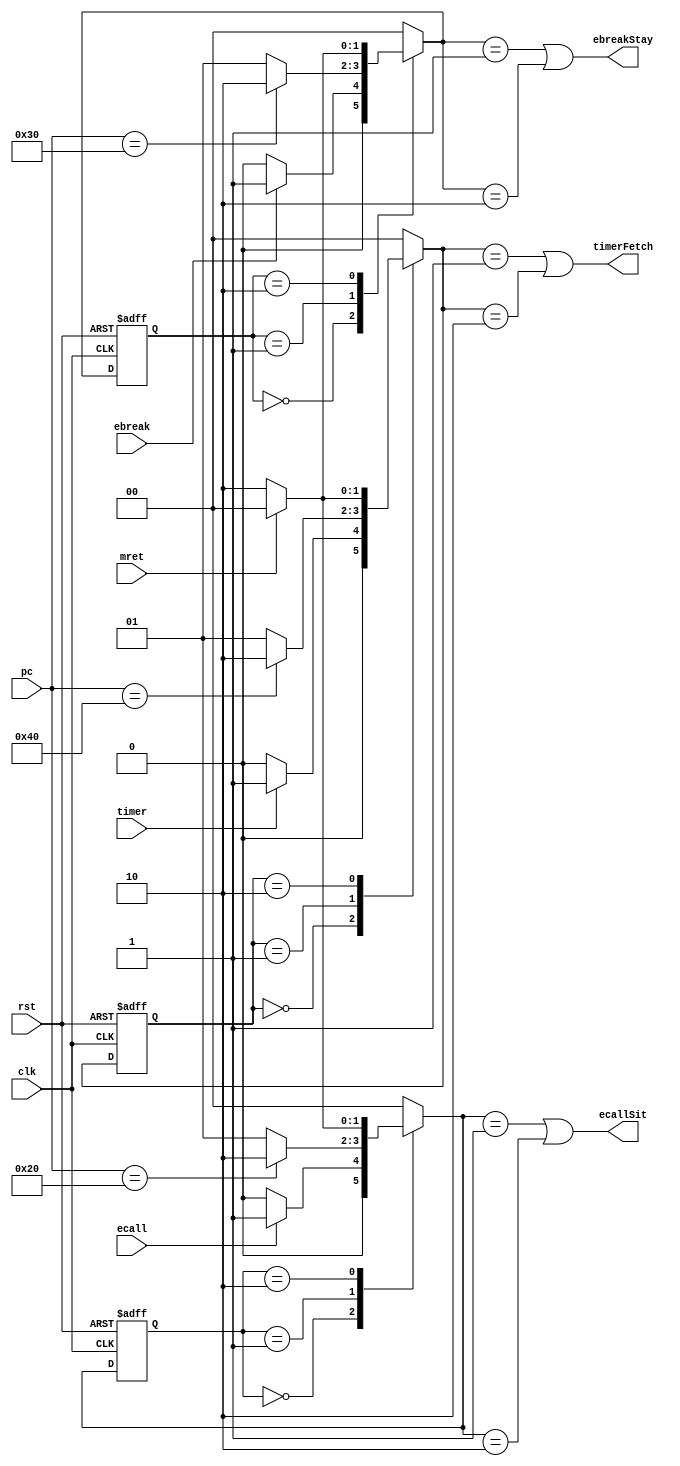
/*********************************************************
 *
 *  Module: handlerEndHandler.v
 *  Project: Hunter_RV32
 *  Description: Outputs signal that stays on while handling some interrupt and lowers the signal when handling is done
 *
 *********************************************************/
`timescale 1ns/1ns


module handlerEndHandler(clk, rst, mret, ecall, ebreak, timer, pc, ecallSit, ebreakStay, timerFetch);
    input clk;
    input rst;
    input mret;
    input ecall;
    input ebreak;
    input timer;
    input [31:0] pc;
    output ecallSit;
    output ebreakStay;
    output timerFetch;
    
    reg [1:0] ecallState, ecallNxtState;
    reg [1:0] ebreakState, ebreakNxtState;
    reg [1:0] tmrState, tmrNxtState;
    parameter [1:0] ecallA = 2'b00, ecallB = 2'b01, ecallC = 2'b10;
    parameter [1:0] ebreakA = 2'b00, ebreakB = 2'b01, ebreakC = 2'b10;
    parameter [1:0] tmrA = 2'b00, tmrB = 2'b01, tmrC = 2'b10;
    
    assign ecallSit = (ecallState == ecallB) || (ecallState == ecallC);
    assign ebreakStay = (ebreakState == ebreakB) || (ebreakState == ebreakC);
    assign timerFetch = (tmrState == tmrB) || (tmrState == tmrC);
    
    always @(*) begin
    
        case(ecallNxtState)
            ecallA:
                if(ecall) 
                    ecallState <= ecallB;
                else
                    ecallState <= ecallA;
                    
            ecallB:
                if(pc == 32'h20) 
                    ecallState <= ecallC;
                else
                    ecallState <= ecallB;
            
            ecallC: 
                if (mret)
                    ecallState <= ecallA;
                else 
                    ecallState <= ecallC;
            default: 
                ecallState <= ecallA;
        endcase
         
        case(ebreakNxtState)
            ebreakA:
                if(ebreak) 
                    ebreakState <= ebreakB;
                else
                    ebreakState <= ebreakA;
                    
            ebreakB:
                if(pc == 32'h30) 
                    ebreakState <= ebreakC;
                else
                    ebreakState <= ebreakB;
            
            ebreakC: 
                if (mret)
                    ebreakState <= ebreakA;
                else 
                    ebreakState <= ebreakC;
            default: 
                ebreakState <= ebreakA;
        endcase
         
        case(tmrNxtState)
            tmrA:
                if(timer) 
                    tmrState <= tmrB;
                else
                    tmrState <= tmrA;
                    
            tmrB:
                if(pc == 32'h40) 
                    tmrState <= tmrC;
                else
                    tmrState <= tmrB;
            
            tmrC: 
                if (mret)
                    tmrState <= tmrA;
                else 
                    tmrState <= tmrC;
            default: 
                tmrState <= tmrA;
        endcase
         
      
    end
    
    always @ (posedge clk or posedge rst) begin 
        if(rst) begin
            ecallNxtState <= ecallA;
            ebreakNxtState <= ebreakA;
            tmrNxtState <= tmrA;
        end
        else begin
            ecallNxtState <= ecallState;
            ebreakNxtState <= ebreakState;
            tmrNxtState <= tmrState;
        end
    end
endmodule